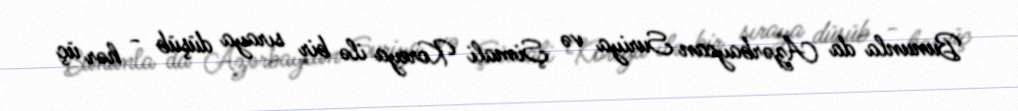
Bununla da Azərbaycan Suriya və Şimali Koreya ilə bir sıraya düşüb - hər üç